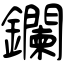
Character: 鑭